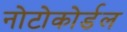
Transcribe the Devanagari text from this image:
नोटोकोर्डल